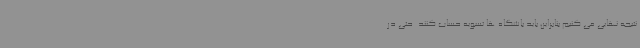
نتیجه نهایی می کنیم بنابراین باید باشگاه ها تسویه حساب کنند. حتی در